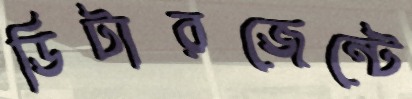
ডিটারজেন্টে